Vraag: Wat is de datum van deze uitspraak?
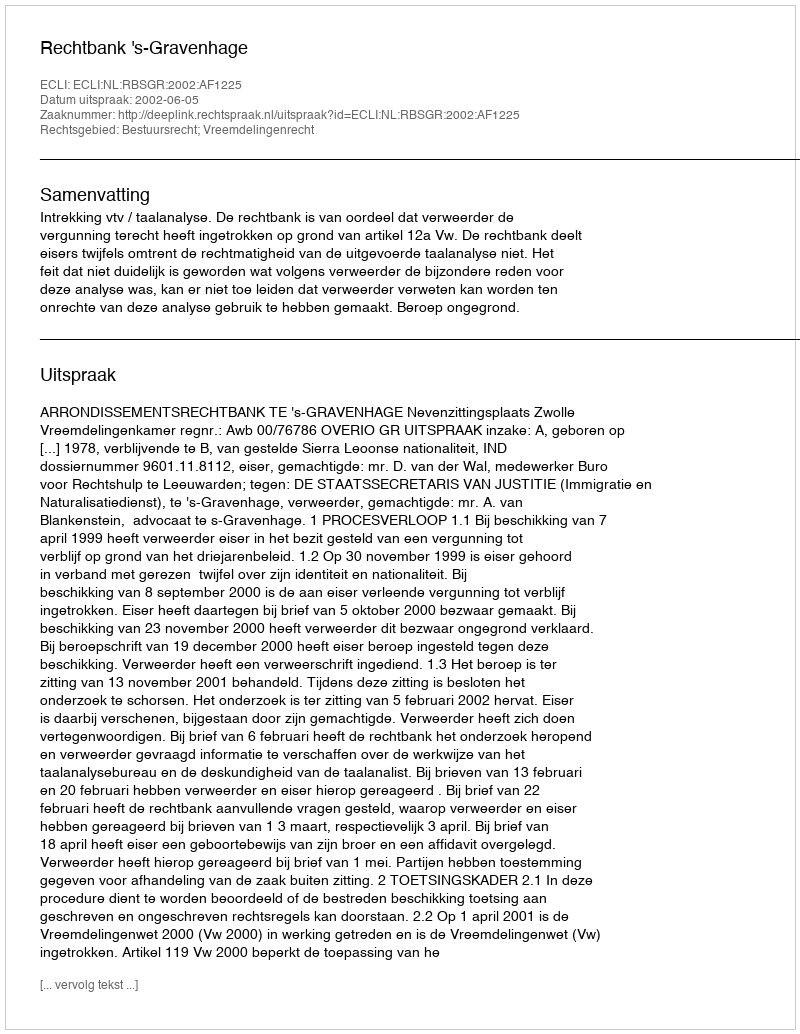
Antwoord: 2002-06-05